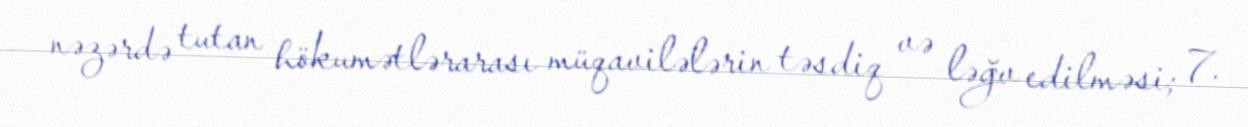
nəzərdə tutan hökumətlərarası müqavilələrin təsdiq və ləğv edilməsi; 7.